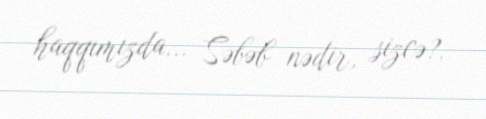
haqqımızda... Səbəb nədir, sizcə?.